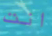
انت